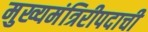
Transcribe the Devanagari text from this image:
मुख्यमंत्रिरीपदाची